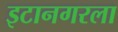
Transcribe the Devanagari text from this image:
इटानगरला